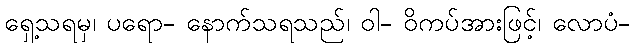
ရှေ့သရမှ၊ ပရော- နောက်သရသည်၊ ဝါ- ဝိကပ်အားဖြင့်၊ လောပံ-